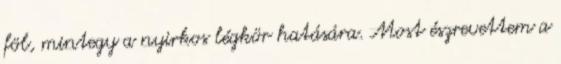
föl, mintegy a nyirkos légkör hatására. Most észrevettem a